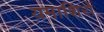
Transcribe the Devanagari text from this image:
यमाशिरों